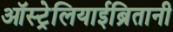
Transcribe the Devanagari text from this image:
ऑस्ट्रेलियाईब्रितानी